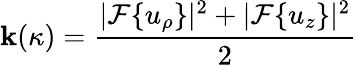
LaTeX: \mathbf{k}(\kappa)=\frac{{|\mathcal{{F}}\{ u_{\rho}\} |^{2}+|\mathcal{{F}}\{ u_{z}\} |^{2}}}{{2}}